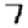
Digit: 7